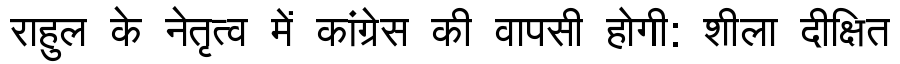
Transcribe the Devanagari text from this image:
राहुल के नेतृत्व में कांग्रेस की वापसी होगी: शीला दीक्षित